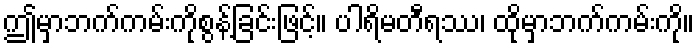
ဤမှာဘက်ကမ်းကိုစွန့်ခြင်းဖြင့်။ ပါရိမတီရဿ၊ ထိုမှာဘက်ကမ်းကို။